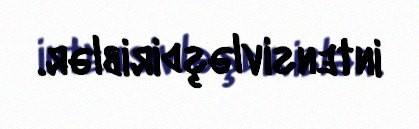
intensivləşdiriblər.